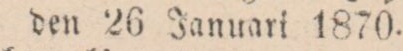
den 26 Januari 1870.